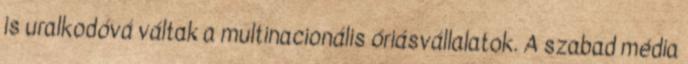
is uralkodóvá váltak a multinacionális óriásvállalatok. A szabad média